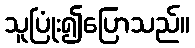
သူပြုံး၍ပြောသည်။